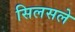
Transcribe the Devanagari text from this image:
सिलसले